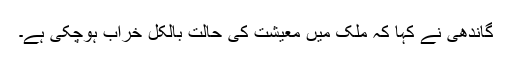
گاندھی نے کہا کہ ملک میں معیشت کی حالت بالکل خراب ہوچکی ہے۔